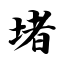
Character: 堵